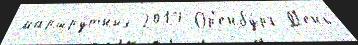
маршру́тных 2017 Ор'енбу́рг Д'ень